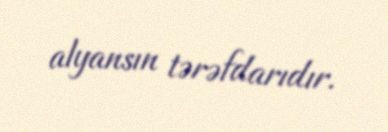
alyansın tərəfdarıdır.